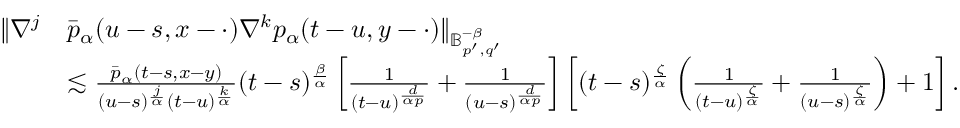
\begin{array} { r l } { \Vert \nabla ^ { j } } & { \bar { p } _ { \alpha } ( u - s , x - \cdot ) \nabla ^ { k } p _ { \alpha } ( t - u , y - \cdot ) \Vert _ { \mathbb { B } _ { p ^ { \prime } , q ^ { \prime } } ^ { - \beta } } } \\ & { \lesssim \frac { \bar { p } _ { \alpha } ( t - s , x - y ) } { ( u - s ) ^ { \frac { j } { \alpha } } ( t - u ) ^ { \frac { k } { \alpha } } } ( t - s ) ^ { \frac { \beta } { \alpha } } \left[ \frac { 1 } { ( t - u ) ^ { \frac { d } { \alpha p } } } + \frac { 1 } { ( u - s ) ^ { \frac { d } { \alpha p } } } \right] \left[ ( t - s ) ^ { \frac { \zeta } { \alpha } } \left( \frac { 1 } { ( t - u ) ^ { \frac { \zeta } { \alpha } } } + \frac { 1 } { ( u - s ) ^ { \frac { \zeta } { \alpha } } } \right) + 1 \right] . } \end{array}